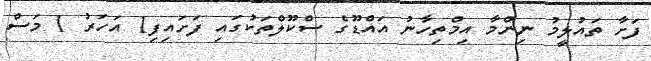
ފަށާ ތައުލީމު ނިންމާ އިމްތިހާނު އައްޑޫގެ ސްކޫލްތަކުގައި ފަށައިފި1 އަހަރު 1 މަސް